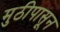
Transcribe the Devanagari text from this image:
मुठीपासून